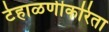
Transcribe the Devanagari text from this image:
टेहाळणीकरिता